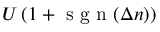
U \left( 1 + \mathrm { ~ s ~ g ~ n ~ } ( \Delta n ) \right)